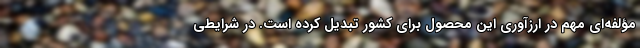
مؤلفه‌ای مهم در ارزآوری این محصول برای کشور تبدیل کرده است. در شرایطی